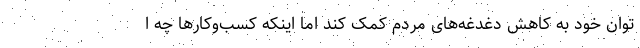
توان خود به کاهش دغدغه‌های مردم کمک کند اما اینکه کسب‌وکارها چه ا